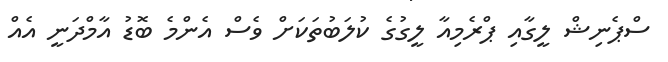
ސްޕެނިޝް ލީގާއި ޕްރެމިއާ ލީގުގެ ކުލަބުތަކަށް ވެސް އެންމެ ބޮޑު އާމްދަނީ އެއް